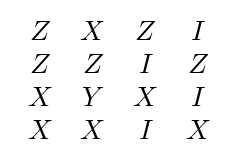
{\begin{array}{cccc}Z&X&Z&I\\Z&Z&I&Z\\X&Y&X&I\\X&X&I&X\end{array}}